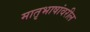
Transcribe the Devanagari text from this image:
मातृभाषांवरील